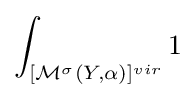
\int _{[{\mathcal {M}}^{\sigma }(Y,\alpha )]^{vir}}1